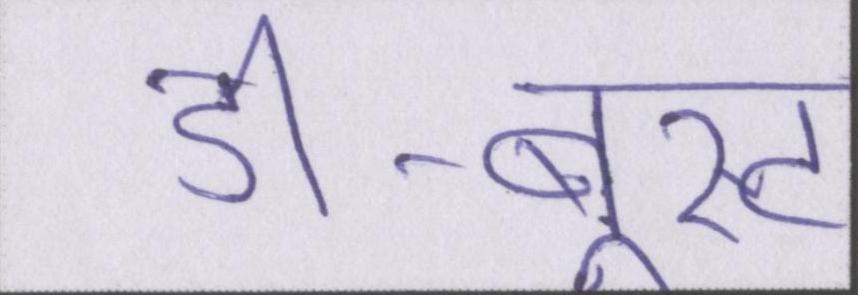
डी-बूस्ट